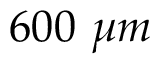
6 0 0 \ \mu m